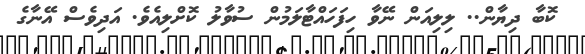
ކޮބާ ދިޔާން.. ލިލިއަން ނޭވާ ހިފަހައްޓާލަމުން ސުވާލު ކޮށްލިއެވެ. އަދިވެސް އޭނާގެ